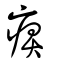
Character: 痹